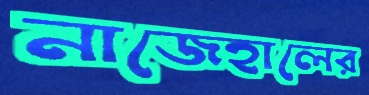
নাজেহালের